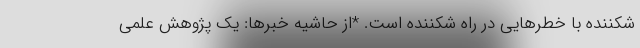
شکننده با خطرهایی در راه شکننده است. *از حاشیه خبرها: یک پژوهش علمی